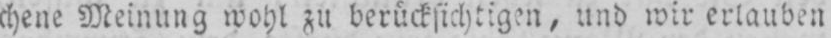
chene Meinung wohl zu berücksichtigen, und wir erlauben